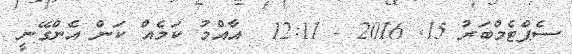
ސެޕްޓެމްބަރު 15